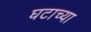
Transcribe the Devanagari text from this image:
घटाच्या